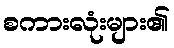
စကားလုံးများ၏